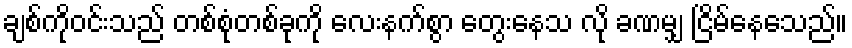
ချစ်ကိုဝင်းသည် တစ်စုံတစ်ခုကို လေးနက်စွာ တွေးနေသ လို ခဏမျှ ငြိမ်နေသေည်။